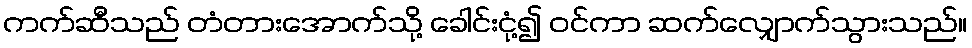
ကက်ဆီသည် တံတားအောက်သို့ ခေါင်းငုံ့၍ ဝင်ကာ ဆက်လျှောက်သွားသည်။